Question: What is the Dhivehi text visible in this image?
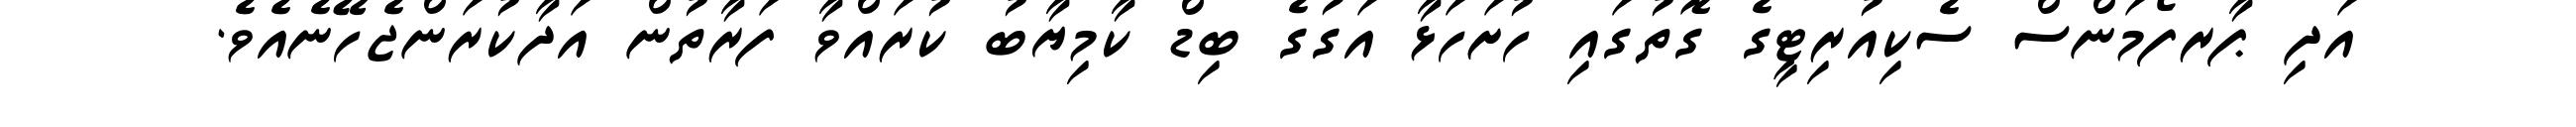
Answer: އަދި ޕާރފޯމަންސް ސެކިއުރިޓީގެ ގޮތުގައި ހުށަހަޅާ އަގުގެ ބިޑް ކާމިޔާބު ކުރައްވާ ފަރާތުން އަދާކުރަންޖެހޭނެއެވެ.